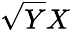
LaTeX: \sqrt{Y}X